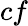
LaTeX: cf